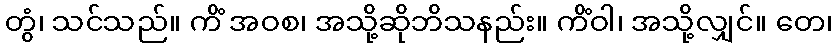
တွံ၊ သင်သည်။ ကိံ အဝစ၊ အသို့ဆိုဘိသနည်း။ ကိံဝါ၊ အသို့လျှင်။ တေ၊